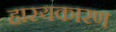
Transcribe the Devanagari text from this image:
हास्यकारण